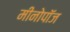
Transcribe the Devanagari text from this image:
मीनोपॉज